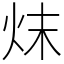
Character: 㶬